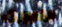
الضروري